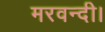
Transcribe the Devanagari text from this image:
मरवन्दी।